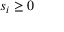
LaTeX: s _ { i } \geq 0